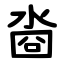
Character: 㴅